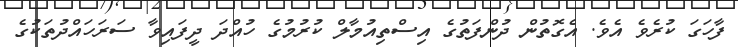
ފާހަގަ ކުރެވެ އެވެ. އެގޮތުން ދުންފަތުގެ އިސްތިއުމާލް ކުރުމުގެ ހުއްދަ ދީފައިވާ ސަރަހައްދުތަކުގެ